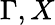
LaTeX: \Gamma,X